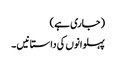
(جاری ہے )
پہلوانوں کی داستانیں ۔